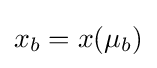
x_{b}=x(\mu _{b})